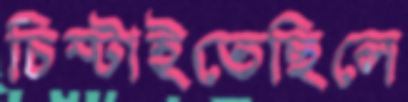
চিম্‌টাইতেছিলে